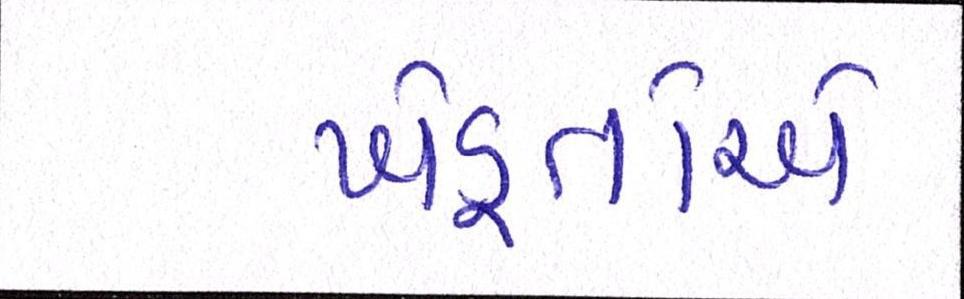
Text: ખેડૂતોએ